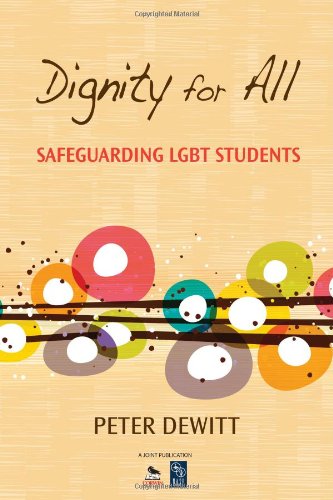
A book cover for Dignity for All: Safeguarding LGBT Students; Peter M. DeWitt; Gay & Lesbian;